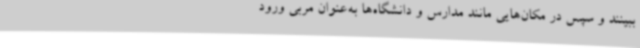
ببینند و سپس در مکان‌هایی مانند مدارس و دانشگاه‌ها به‌عنوان مربی ورود